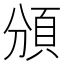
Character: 頒